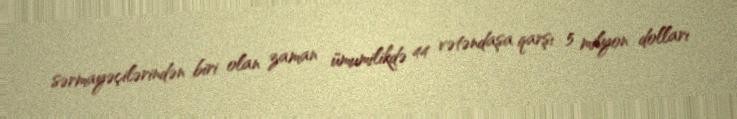
sərmayəçilərindən biri olan zaman ümumilikdə 44 vətəndaşa qarşı 5 milyon dolları